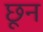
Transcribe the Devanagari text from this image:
छून